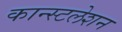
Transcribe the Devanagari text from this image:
कान्स्टलेशन